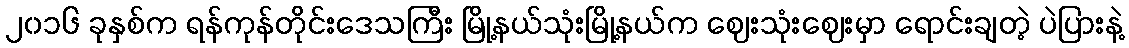
၂၀၁၆ ခုနှစ်က ရန်ကုန်တိုင်းဒေသကြီး မြို့နယ်သုံးမြို့နယ်က ဈေးသုံးဈေးမှာ ရောင်းချတဲ့ ပဲပြားနဲ့